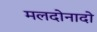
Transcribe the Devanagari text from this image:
मलदोनादो